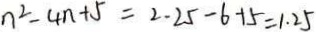
n ^ { 2 } - 4 n + 5 = 2 . 2 5 - 6 + 5 = 1 . 2 5